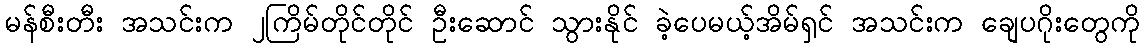
မန်စီးတီး အသင်းက ၂ကြိမ်တိုင်တိုင် ဦးဆောင် သွားနိုင် ခဲ့ပေမယ့်အိမ်ရှင် အသင်းက ချေပဂိုးတွေကို